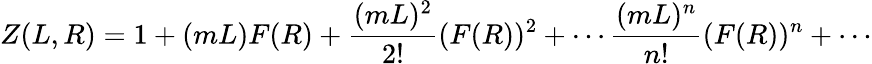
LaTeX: Z(L,R)=1+(mL)F(R)+\frac{(mL)^{2}}{2!}(F(R))^{2}+\cdots\frac{(mL)^{n}}{n!}(F(R))^{n}+\cdots